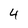
Character: 4